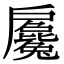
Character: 𢩢